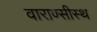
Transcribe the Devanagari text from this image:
वाराण्सीस्थ